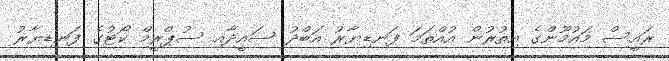
ރައީސް މައުމޫންގެ އިތުރުން އުއްތަމަ ފަނޑިޔާރު އަބްދު ސައީދާއި ސުޕްރީމް ކޯޓުގެ ފަނޑިޔާރު